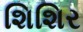
શિશિર